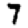
Digit: 7